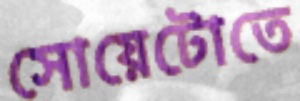
সোয়েটোতে